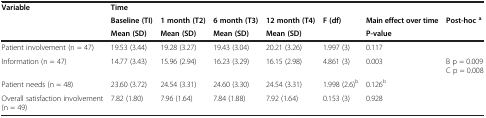
<table><thead><tr><td rowspan="3"><b>Variable</b></td><td><b>Time</b></td><td>[EMPTY_CELL]</td><td>[EMPTY_CELL]</td><td>[EMPTY_CELL]</td><td>[EMPTY_CELL]</td><td>[EMPTY_CELL]</td><td>[EMPTY_CELL]</td></tr><tr><td><b>Baseline (TI)</b></td><td><b>1 month (T2)</b></td><td><b>6 month (T3)</b></td><td><b>12 month (T4)</b></td><td rowspan="2"><b>F (df)</b></td><td><b>Main effect over time</b></td><td rowspan="2"><b>Post-hoc<sup>a</sup></b></td></tr><tr><td><b>Mean (SD)</b></td><td><b>Mean (SD)</b></td><td><b>Mean (SD)</b></td><td><b>Mean (SD)</b></td><td><b>P-value</b></td></tr></thead><tbody><tr><td>Patient involvement (n = 47)</td><td>19.53 (3.44)</td><td>19.28 (3.27)</td><td>19.43 (3.04)</td><td>20.21 (3.26)</td><td>1.997 (3)</td><td>0.117</td><td>[EMPTY_CELL]</td></tr><tr><td>Information (n = 47)</td><td>14.77 (3.43)</td><td>15.96 (2.94)</td><td>16.23 (3.29)</td><td>16.15 (2.98)</td><td>4.861 (3)</td><td>0.003</td><td>B p = 0.009 C p = 0.008</td></tr><tr><td>Patient needs (n = 48)</td><td>23.60 (3.72)</td><td>24.54 (3.31)</td><td>24.60 (3.30)</td><td>24.54 (3.31)</td><td>1.998 (2.6)<sup>b</sup></td><td>0.126<sup>b</sup></td><td>[EMPTY_CELL]</td></tr><tr><td>Overall satisfaction involvement (n = 49)</td><td>7.82 (1.80)</td><td>7.96 (1.64)</td><td>7.84 (1.88)</td><td>7.92 (1.64)</td><td>0.153 (3)</td><td>0.928</td><td>[EMPTY_CELL]</td></tr></tbody></table>